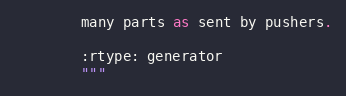
Language: Python
        many parts as sent by pushers.

        :rtype: generator
        """